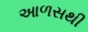
આળસથી